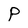
Character: P